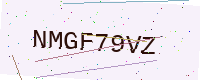
Text: NMGF79VZ